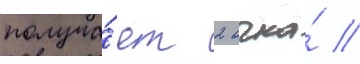
получа́ет 2 очка́ //